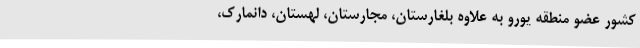
کشور عضو منطقه یورو به علاوه بلغارستان، مجارستان، لهستان، دانمارک،